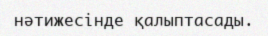
нәтижесінде қалыптасады.